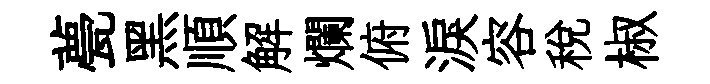
甍黑順解爛俯淚容稅椒